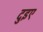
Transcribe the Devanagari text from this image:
दुइए